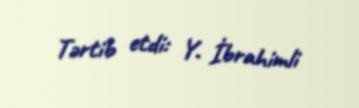
Tərtib etdi: Y. İbrahimli